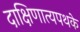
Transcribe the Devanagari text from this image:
दाक्षिणात्यपथके